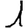
Digit: 1